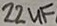
Text: 22uF